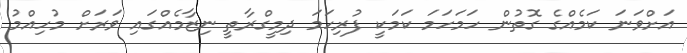
އަށްވަނަ ކަމެއްގެ ގޮތުން ހަމަހަމަ ކަމަކީ ފުރިހަމަ ދިމީގްރާތީ ނިޒާމެއްގައި ވަރަށް މުހިއްމު